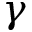
\gamma